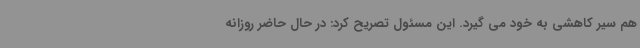
هم سیر کاهشی به خود می گیرد. این مسئول تصریح کرد: در حال حاضر روزانه